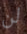
لن